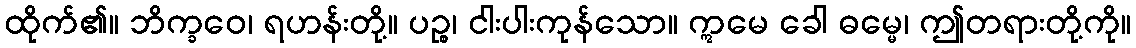
ထိုက်၏။ ဘိက္ခဝေ၊ ရဟန်းတို့။ ပဉ္စ၊ ငါးပါးကုန်သော။ ဣမေ ခေါ ဓမ္မေ၊ ဤတရားတို့ကို။